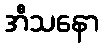
အီသနော